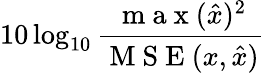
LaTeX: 10\log_{10}\frac{\mathrm{~m~a~x~}(\hat{x})^{2}}{\mathrm{~M~S~E~}(x,\hat{x})}